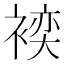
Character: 𲀺